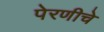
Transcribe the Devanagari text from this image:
पेरणीचे